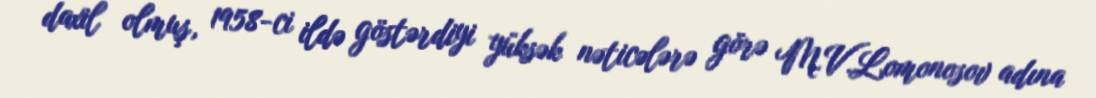
daxil olmuş, 1958-ci ildə göstərdiyi yüksək nəticələrə görə M.V.Lomonosov adına